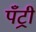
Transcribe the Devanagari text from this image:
पँट्री